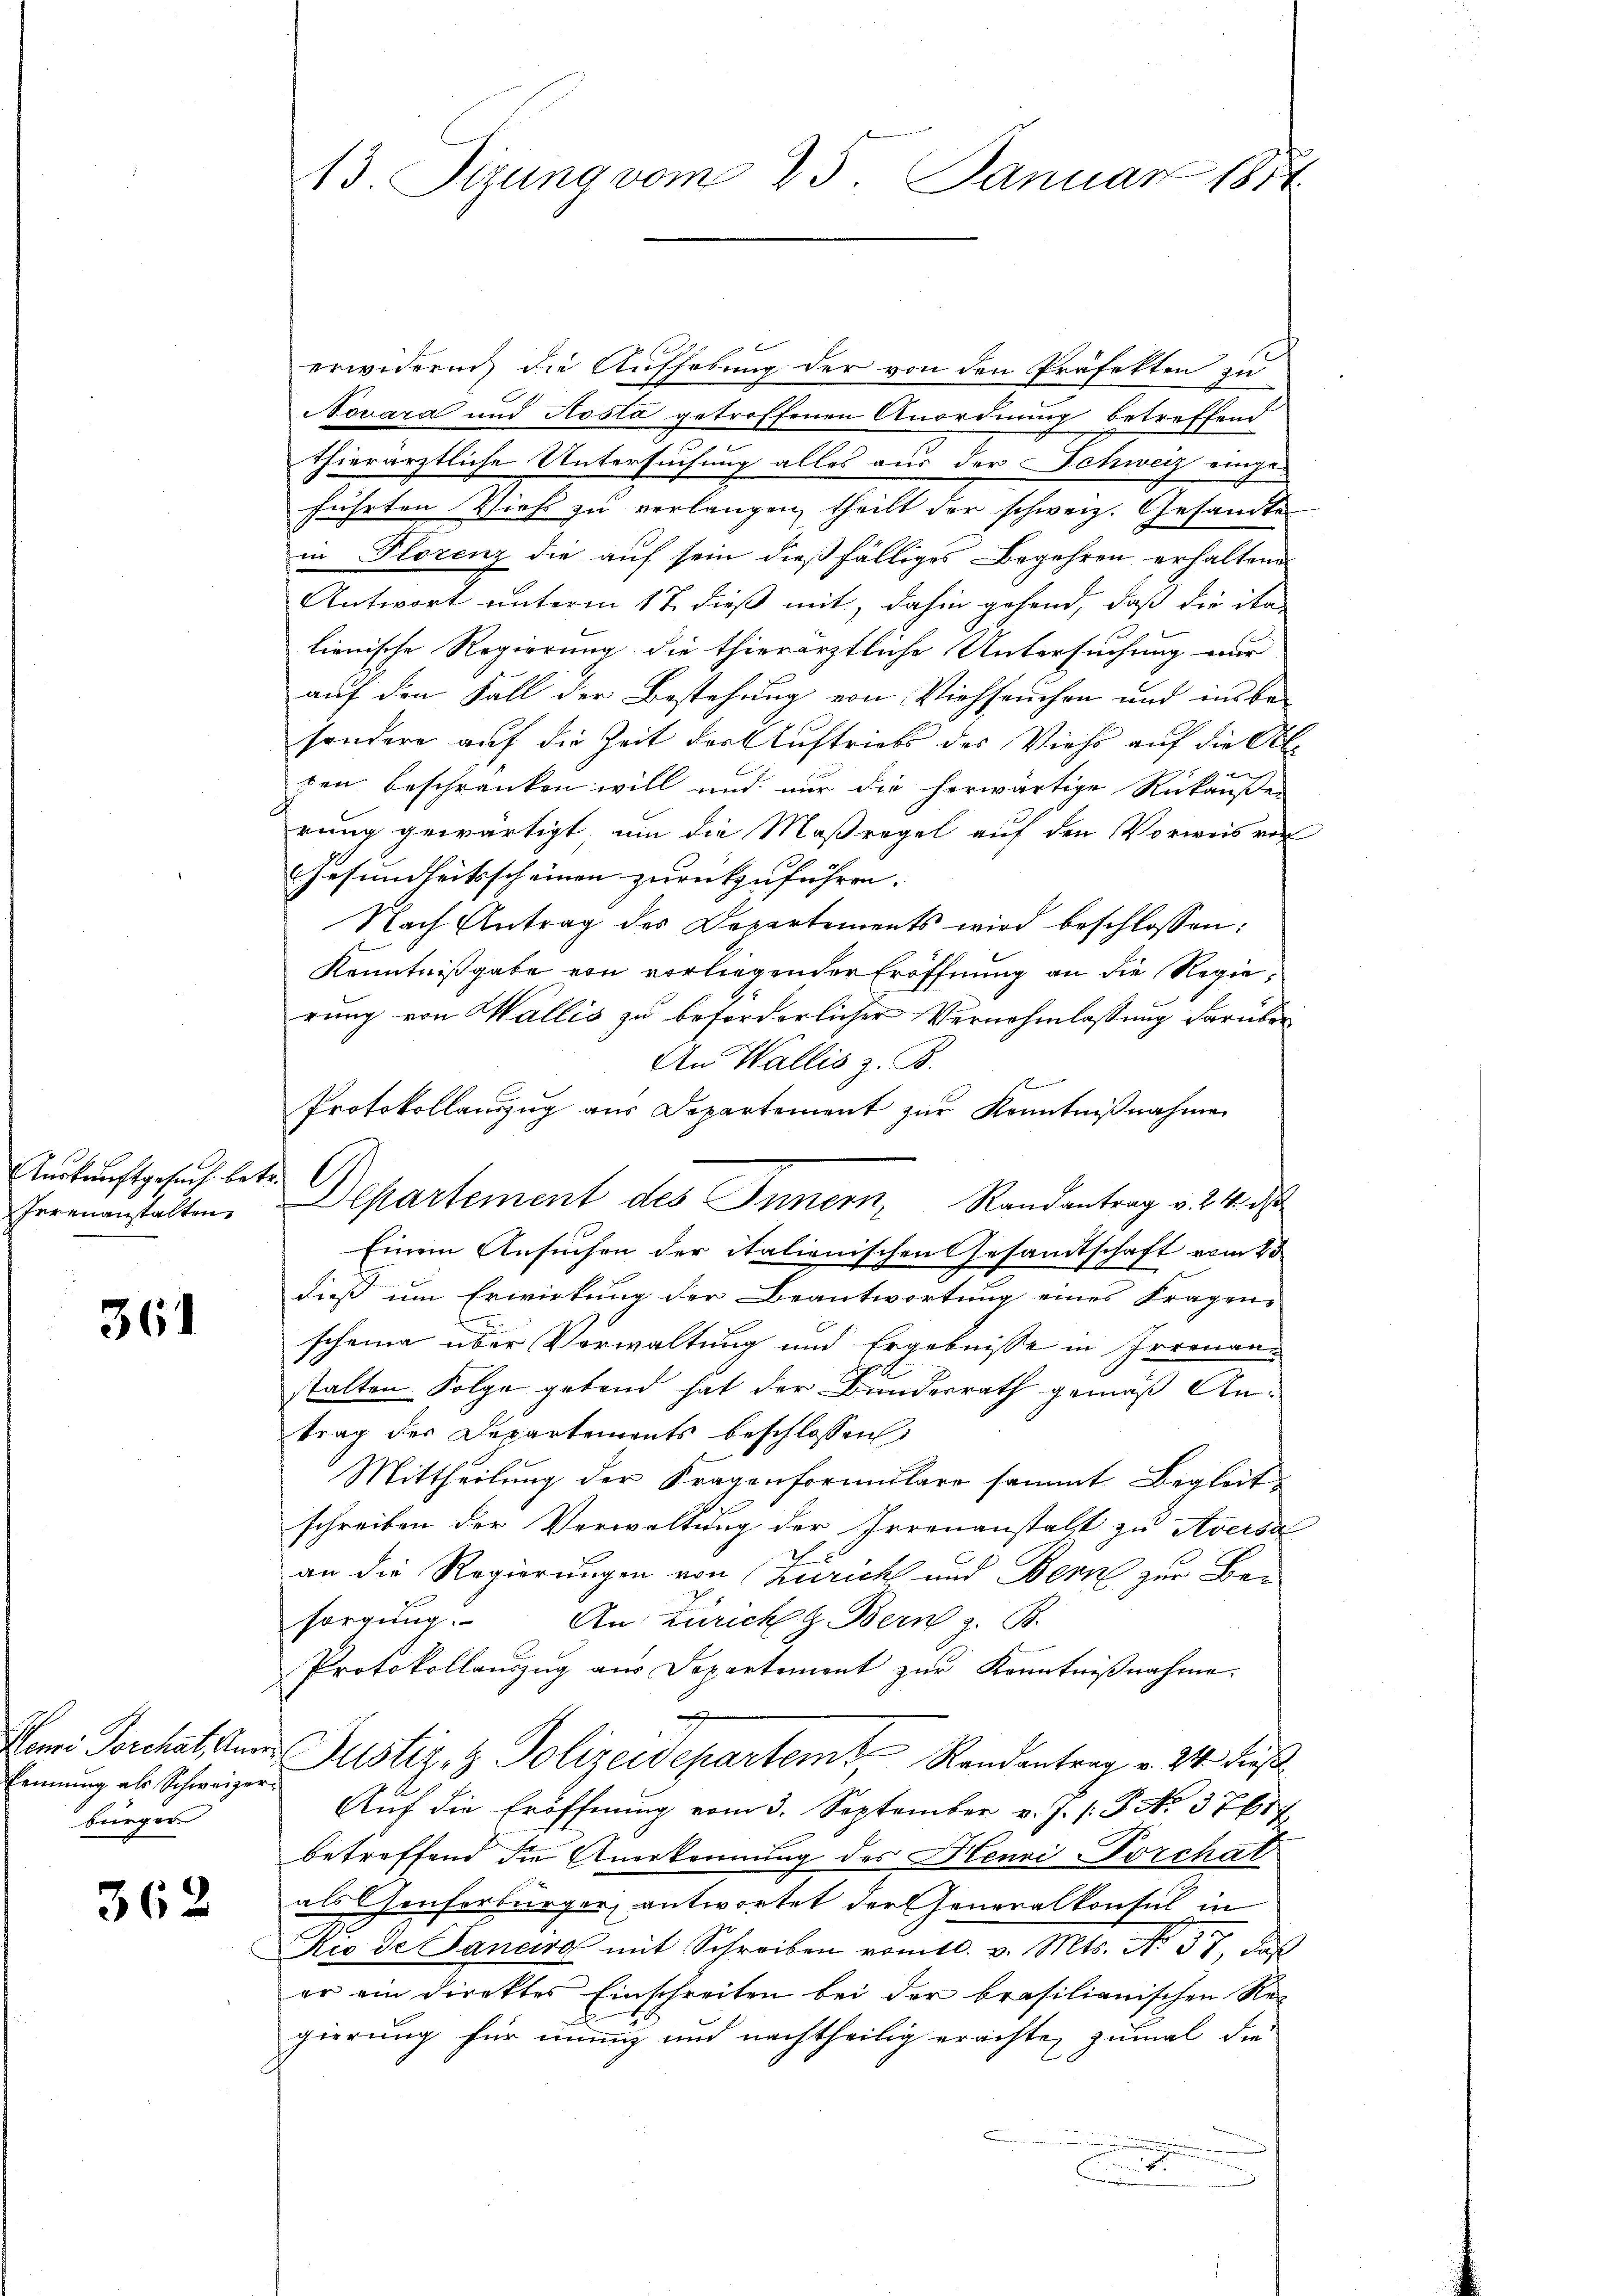
Auskunftgesuch betr.
Irrenanstalten

361

Eennung als Schweizer.
bürger

362

erwideren, die Aufhebung der von den Präfekten zu
Novara und Kosta getroffenen Anordnung betreffend
thierärztliche Untersuchung alles aus der Schweiz eingeführten Viehs zu verlangen, theilt der schweiz. Gesandte
in Florenz die auf sein dießfälliges Begehren erhaltend
Antwort unterm 17. dieß mit, dahin gehend, daß die ita
lienische Regierung die thierärztliche Untersuchung nur
auf den Fall der Bestehung von Viehseuchen und in be-
sondere auf die Zeit der Auftriebs des Viehs auf die Abgen beschränken will und nur die herwärtige Ruckäuße
rung gewärtigt, um die Maßregel auf den Vorweis von
Gesundheitsscheinen zurückzuführen. |
Nach Antrag des Departements wird beschlossen:
Kenntnißgabe von vorliegender Eröffnung an die Regierung von Wallis zu beförderlicher Vernehmlassung darüber
An Wallis z. B.
s
Protokollauszug aus Departement zur Kenntnißnahme
Einem Ansuchen der italienischen Gesandtschaft vom 25
dieß um Erwirkung der Beantwortung eines Fragen-
scheine über Vorwaltung und Ergebnisse in Irrenanstalten Folge geband hat der Bunderrath gemäß Antrag der Departements beschlossen:
Mittheilung der Fragenformulare sammt Begleitschreiben der Verwaltung der Irrenanstalt zu Aversa
an die Regierungen von Zürich und Bern zur Besorgung. An Zürich z. Bern z. B.
Protokollauszug aus Departement zur Kenntnißnahme.
g
Tomi Forchat, Anna Justiz- & Polizeidepartem Randantrag v. 24. dieß
Aŭf die Eröffnung vom 3. September v. J. /: P. N. 37687
betreffend die Anerkennung des Henri Porchat
als Genferbürger, antwortet der Generalkonsul in
Rio de Janeiro mit Schreiben vom 10. v. Mts. No. 37, daß
er ein Direktes Einschreiten bei der brasilianischen Re
gierung für einung und nachtheilig erachte, zumal die
.

413. Sizung vom 25. Januar 1814

Departement des Innern, Randantrag v. 24 d